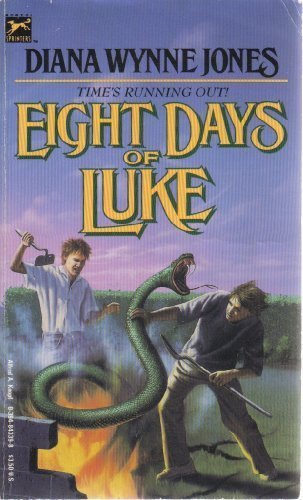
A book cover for Eight Days of Luke; Diana Wynne Jones; Teen & Young Adult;